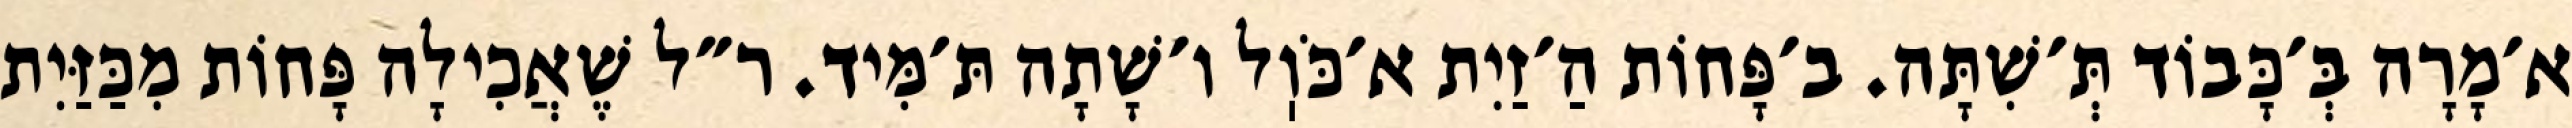
א׳מָרָה בְּ׳כָּבוֹד תְּ׳שִׁתָּה. ב׳פָּחוֹת הַ׳זַיִת א׳כֹּוֽל ו׳שָׁתָה תּ׳מִּיד. ר״ל שֶׁאֲכִילָה פָּחוֹת מִכַּזַּיִת